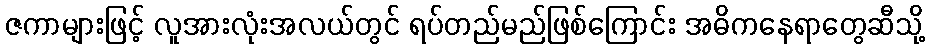
ဇကာများဖြင့် လူအားလုံးအလယ်တွင် ရပ်တည်မည်ဖြစ်ကြောင်း အဓိကနေရာတွေဆီသို့